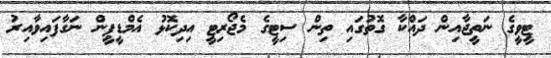
ޓީވީގެ ނަތީޖާއިން ދައްކާ ގޮތުގައި ތިން ސިޓީގެ މެޖޯރިޓީ އިދިކޮޅު އެމްޑީޕީން ނަގާފައިވާއިރު